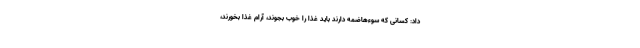
داد: کسانی که سوءهاضمه دارند باید غذا را خوب بجوند، آرام غذا بخورند،